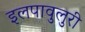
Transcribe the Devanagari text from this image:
इलपावुलुरी